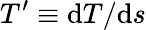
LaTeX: T^{\prime}\equiv\textrm{d}T/\textrm{d}s